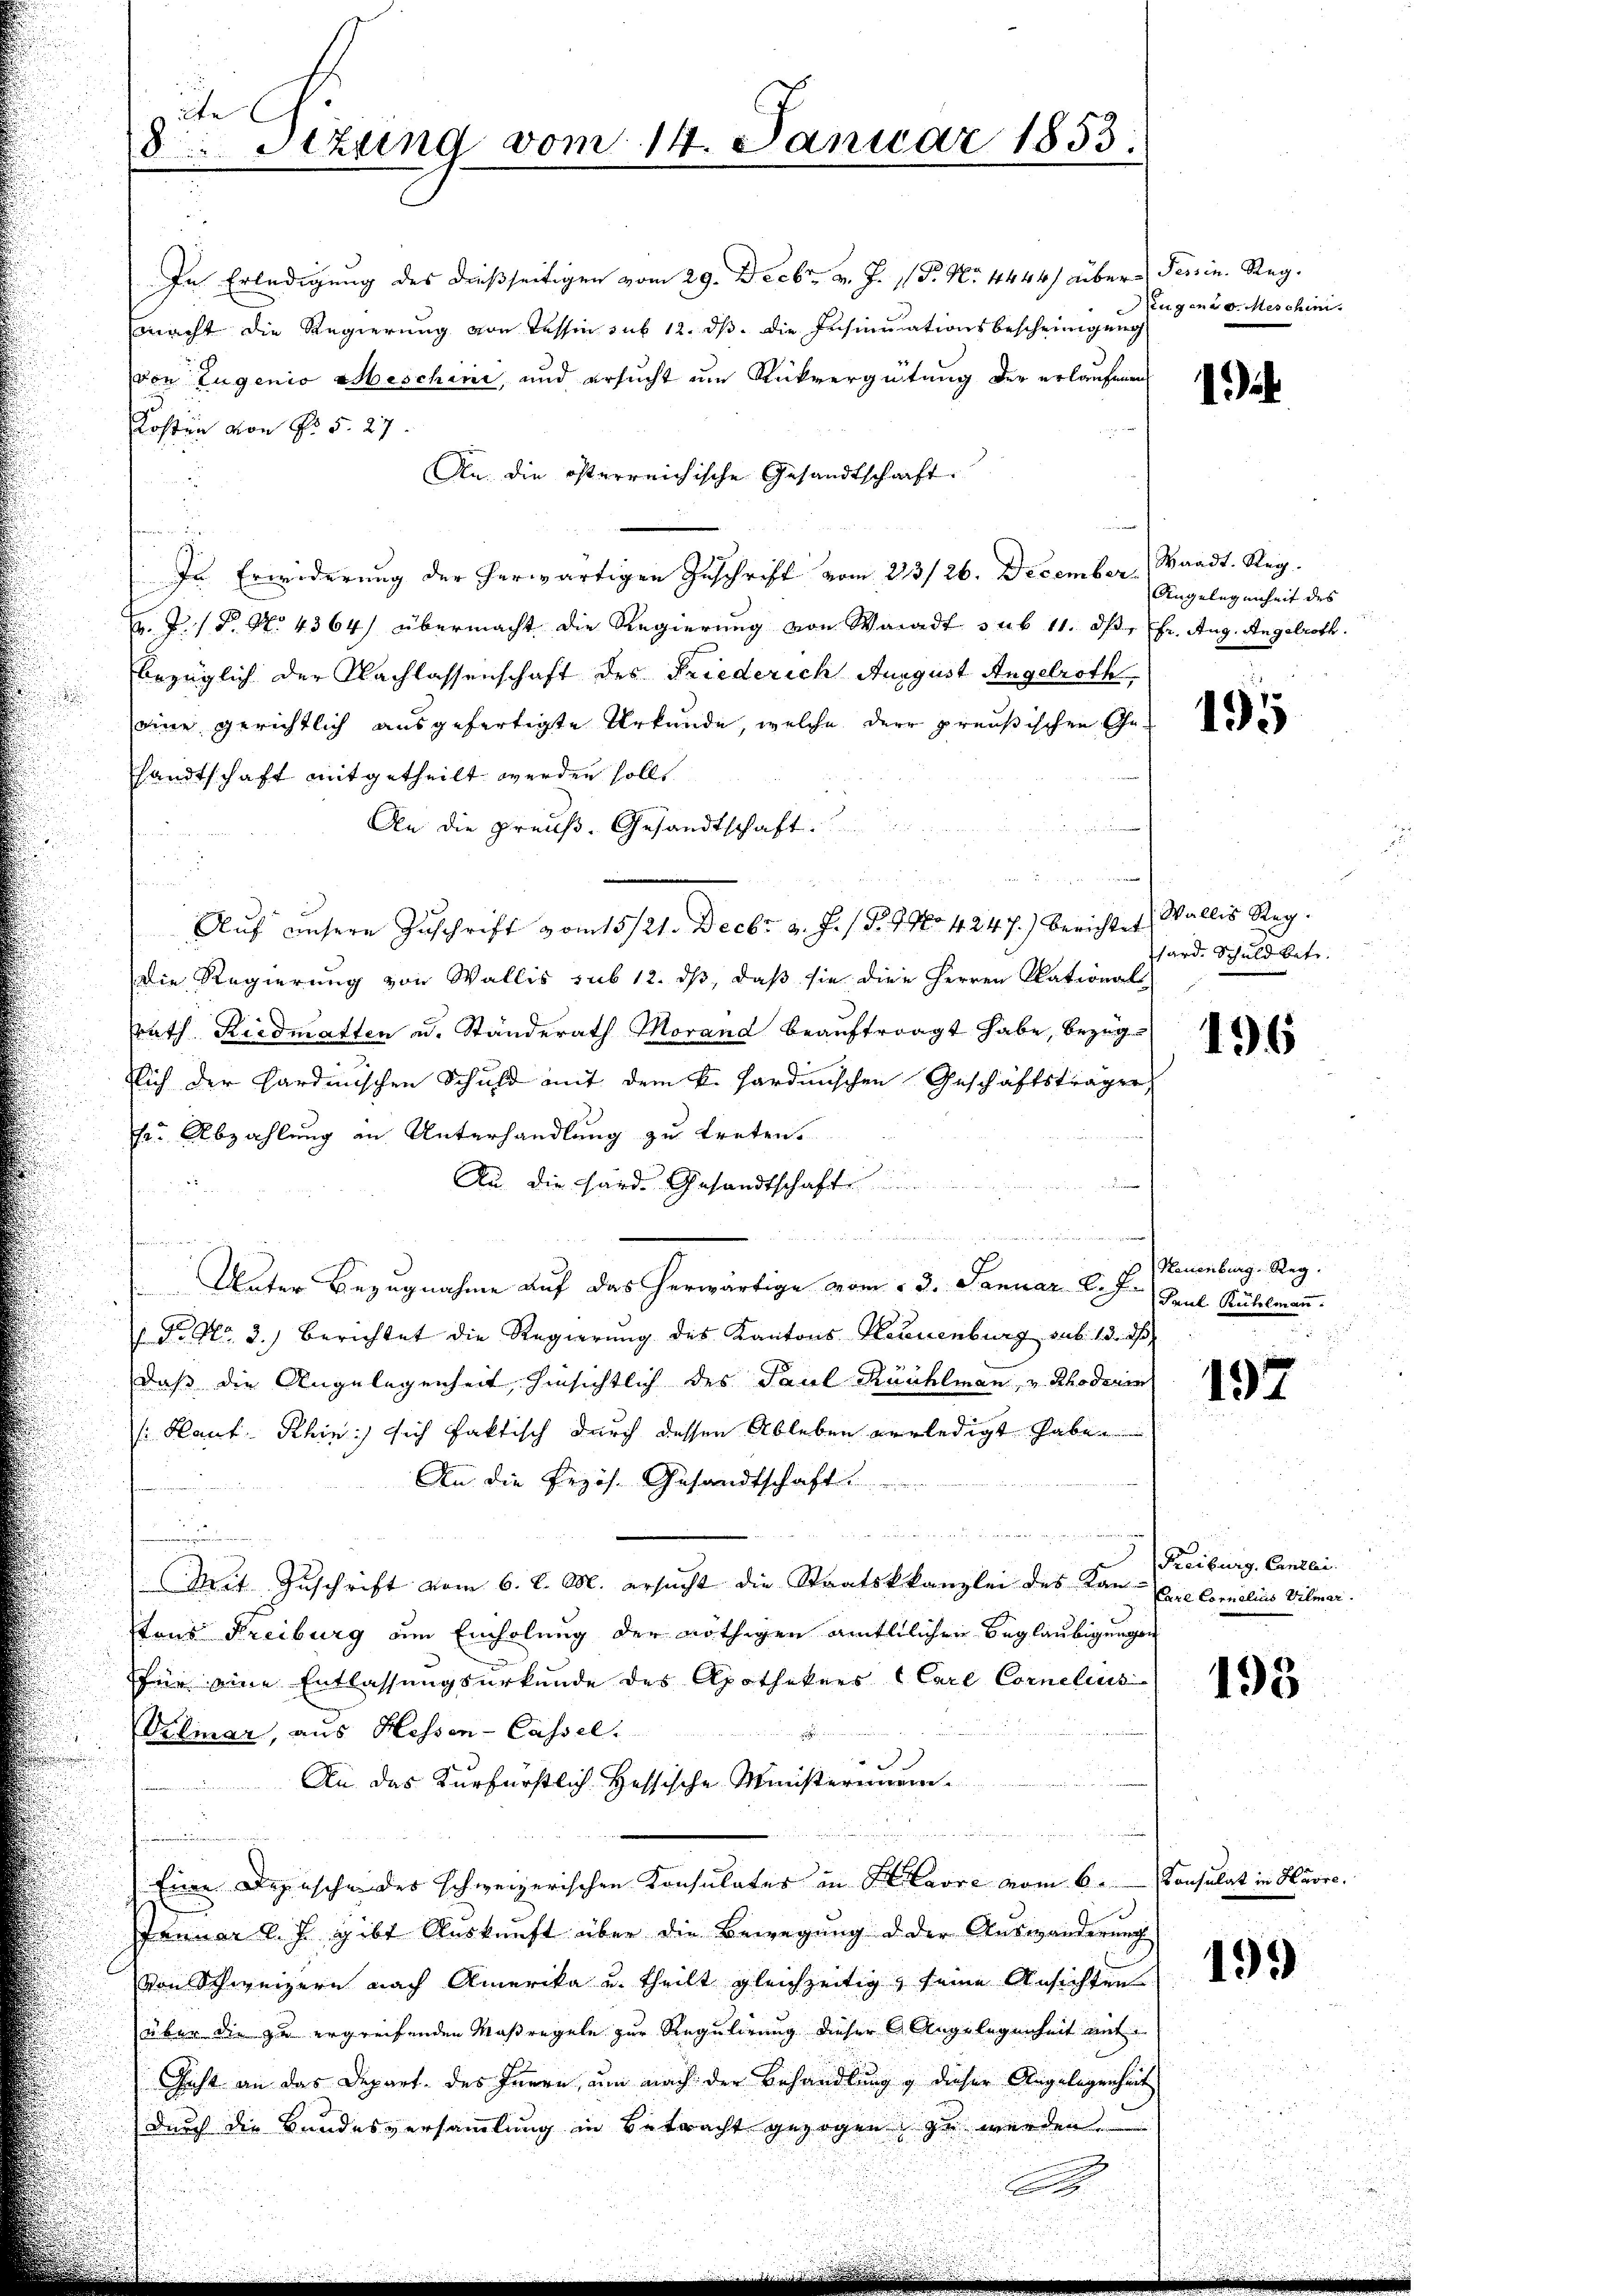
te
8Stzung vom 14. Januar 1853.

In Erledigung des dießseitigen vom 29. Decbr. v. J. P. Nr. 4444) über Tessin. Reg.
macht die Regierung von Tessin sub 12. ds. die Insinuationsbescheinigung
von Eugenio beschine, und ersucht um Rückvergütung der erlaufen
Kosten von Nr. 5. 27.
An die österreichische Gesandtschaft
u
u
In Erwiderung der herwärtigen Zuschrift vom 23/26. December Waadt. Reg.
M. J. P. No 4364) übermacht die Regierung von Waadt sub 11. ds. fr. Aug. Angelroth
bezüglich der Nachlassenschaft des Friederich August Angelroth
seine gerichtlich ausgefertigte Urkunde, welche der preußischen Ge
sandtschaft mitgetheilt werden solle.
An die Preŭβ- Gesandtschaft.

Auf unsere Zuschrift vom 15./21. Decbr. v. J. / S. 916o 4247.) Berichtet
Die Regierung von Wallis sub 12. ds, daß sie die Herren Skational
srath Riedmatten u. Ständerath Morand beaŭftragt habe, bezüglich der Sardinischen Schuld mit dem k. Hardinischen Geschäftsträgen,
ser Abzahlung in Unterhandlung zu treten.
An die Harde Gesandtschafte
.
u
Unter Bezugnahme auf das herwärtige vom 13. Januar l.J. Paul Rühlmann.
P. Nr. 2.) Berichtet die Regierung des Kantons Neuenburg sub. 13. ds.
daß die Angelegenheit, hinsichtlich des Paul Kuühlmann, u. Rhodenen
/Hlaut Khin: sich faktisch durch dessen Ableben verledigt haben
An die Pezös. Gesandtschaft.

Mit Zuschrift vom 6. d. M. ersucht die Staatskkanzlei des Kan- Die Comelins Vilmer.
tons Freiburg um Einholung der nöthigen amtllichen Beglaubigungen
für eine Entlassungsurkunde des Apothekers (Carl Cornelius
Volmar, aus Hessen-Cassel.
.
An das Kurfürstlich Hessische Ministerimem
Eine Depeschen des schweizerischen Konsulater in Havre vom 6. Consulat in Havre.
Januar l. J. gibt Auskunft über die Bewegung d der Auswänderung
Von Schweizern nach Amerika u. theilt gleichzeitig, seine Ansichten
über die zu ergreifenden Maßregeln zur Regulirung dieser Angelegenheit mit¬
Geht an das Depart des Innern, um nach der Behandlung g dieser Angelegenheit
(durch die Bundesversammlung in Betracht gezogen zu werden

Rugen d. Meschin

Angelegenheit des

1)

Wallis Reg.
hard. Schuld betr.

496

Neuenburg. Reg.
¬

197

Freiburg, Canzlei.